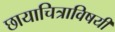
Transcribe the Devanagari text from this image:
छायाचित्राविषयी